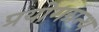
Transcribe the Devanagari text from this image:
प्रयोगग्रन्थ